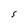
Character: S